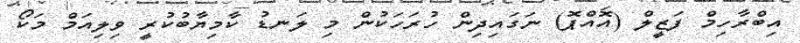
އިބްރާހިމް ފަޒީލް (އޮއްޕޮ) ނަގައިދިން ހުރަހަކުން މި ލަނޑު ކާމިޔާބުކުރީ ވިލިއަމް މަކޯ